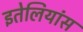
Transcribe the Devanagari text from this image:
इतेलियांस